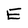
Character: E